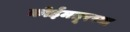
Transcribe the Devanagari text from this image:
कोईमतूरच्या